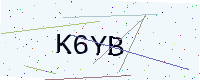
Text: K6YB